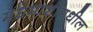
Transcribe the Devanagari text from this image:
मधमाशीमधील